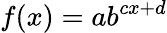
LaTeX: f(x)=ab^{cx+d}